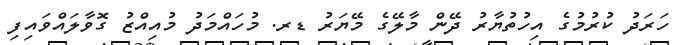
ހަރަދު ކުރުމުގެ އިހުތުޔާރު ދޭން މާލޭގެ މޭޔަރު ޑރ. މުހައްމަދު މުއިއްޒު ގޮވާލައްވައިފި